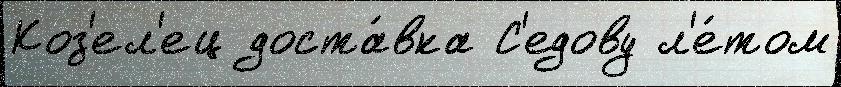
Коз'ел'ец доста́вка С'едову л'е́том